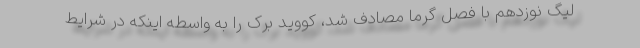
لیگ نوزدهم با فصل گرما مصادف شد، کووید برک را به واسطه اینکه در شرایط